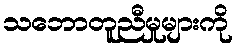
သဘောတူညီမှုများကို